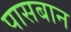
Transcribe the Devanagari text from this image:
पासबान